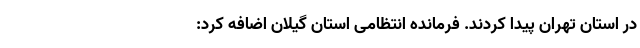
در استان تهران پیدا کردند. فرمانده انتظامی استان گیلان اضافه کرد: